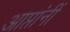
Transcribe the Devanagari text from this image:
आप्तांनीं